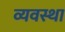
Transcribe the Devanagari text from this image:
व्यवस्था